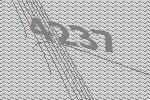
4237